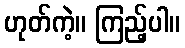
ဟုတ်ကဲ့။ ကြည့်ပါ။